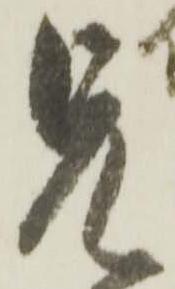
兄